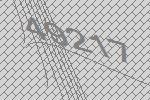
49217